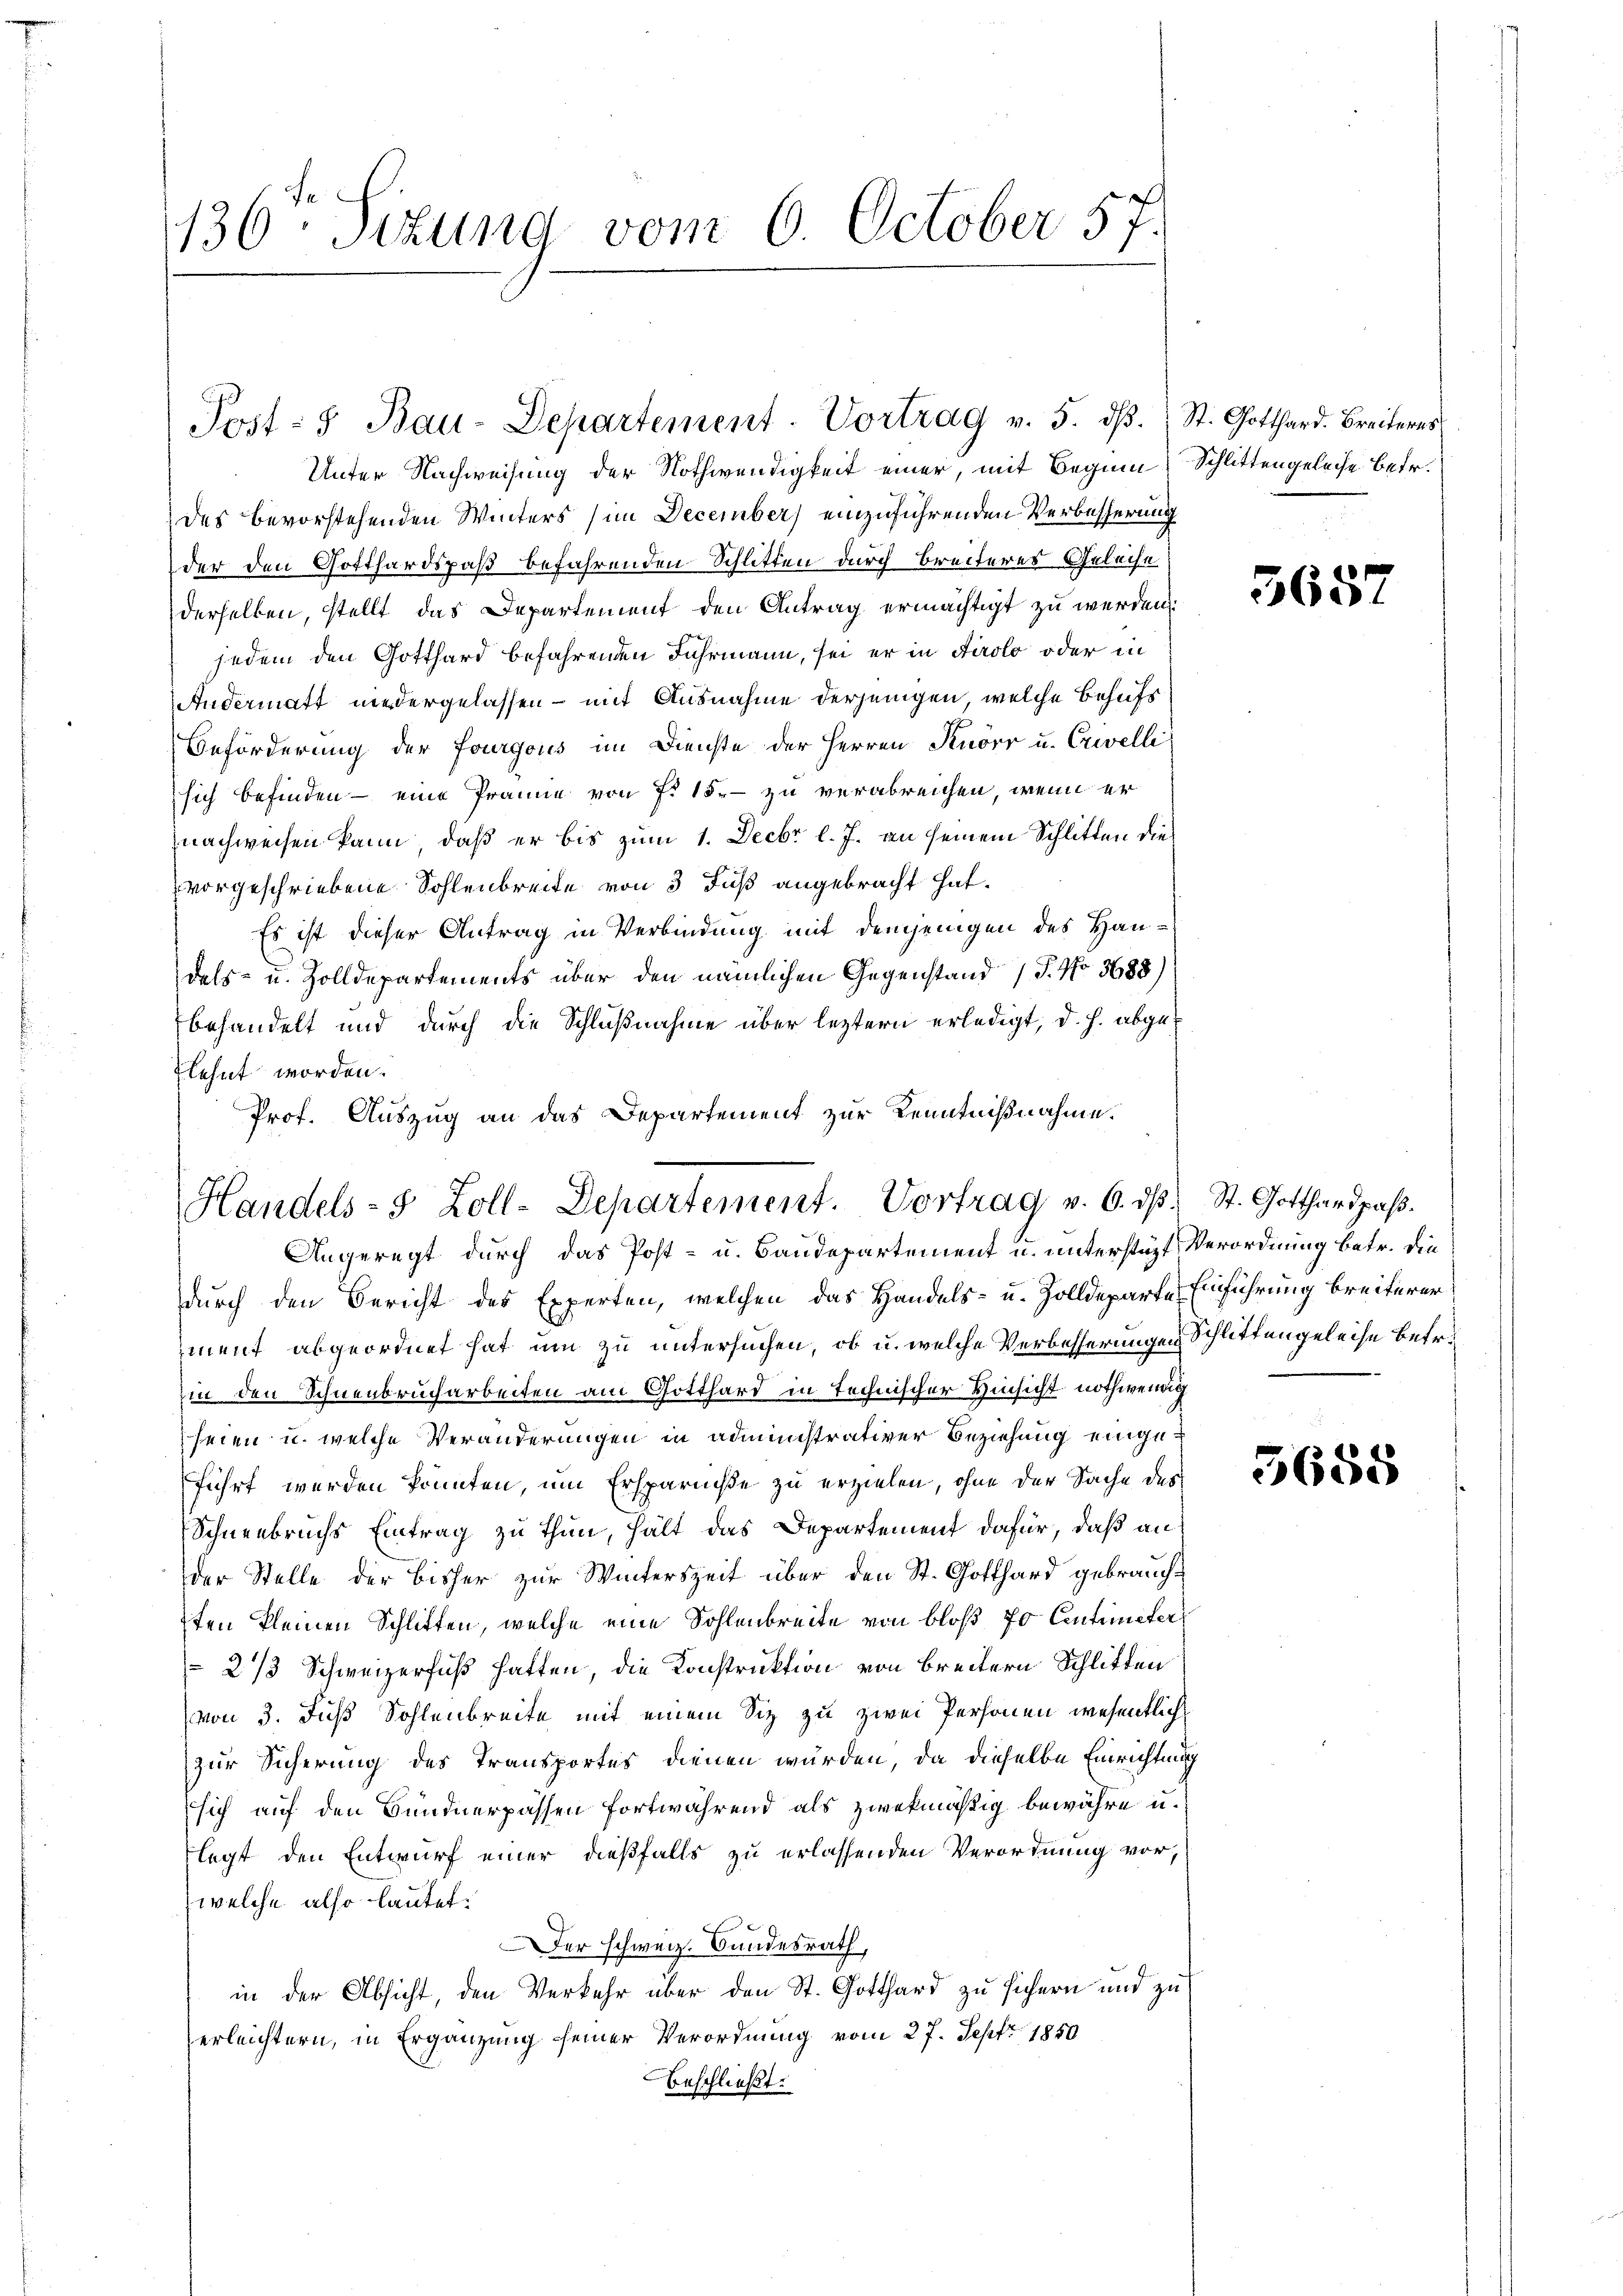
136: Sizung vom 6. October 57.

Post- & Bau-Departement. Vortrag v. 5. dβ. St. Gotthard. Breiteres

Unter Nachweisung der Nothwendigkeit einer, mit Beginn Schlittengeleise betr.
des bevorstehenden Winters (im December) einzuführenden Verbesserung
der den Gotthardspaß befahrenden Schlitten durch Breiteres Geleise
derselben, stellt das Departement den Antrag ermächtigt zu werden:
jedem den Gotthard befahrenden Jahrmann, sei er in Airolo oder in
Andermatt niedergelassen – mit Ausnahme derjenigen, welche Behufs
Beförderung der Fourgous im Dienste der Herren Knörr u. Erwelli
sich befinden – eine Prämie von Fr. 15. - zu verabreichen, wenn er
nachweisen kann, daß er bis zum 1. Decbr l. J. an seinem Schlitten dies
vorgeschriebene Sohlenbreite von 3 Fuß angebracht hat.
Es ist dieser Antrag in Verbindung mit demjenigen des Haudels- u. Zolldepartements über den nämlichen Gegenstand (T. No 5688)
behandelt und durch die Schlußnahme über leztern erledigt, d. h. abgeflehnt worden.
Prof. Auszug an das Departement zur Kenntnißnahme.

Handels- 5 Zoll-Departement. Vortrag v. 6. dβ. St. Gotthardpaβ.
Angeregt durch das Post- u. Baudepartement u. unterstüzt Verordnung betr. die

durch den Bericht des Experten, welchen das Handels- u. Zolldeparte Einführung breiterer
ment abgeordnet hat um zu untersuchen, ob u. welche Verbesserungen Schlittengeleise betr.
hin den Schnenbrucharbeiten am Gotthard in technischer Hinsicht nothwendig
seien u. welche Veränderungen in administrativer Beziehung eingeführt werden könnten, um Ersparniße zu erzielen, ohne der Sache des
Schneebruchs Eintrag zu thun, hält das Departement dafür, daß an
der Stelle der bisher zur Winterszeit über den St. Gotthard gebraucht
ten kleinen Schlitten, welche eine Sohlenbreite von bloß fo Centimeter
 2/3 Schweizerfuß hatten, die Konstruktion von Breitern Schlitten
(von 3. Fuß Sohlenbreite mit einem Siz zu zwei Personen wesentlich
zur Sicherung des Transportes dienen würden, da dieselbe Einrichtung
sich auf den Bündnerpassen fortwährend als zwekmäßig bewähre u.
flegt den Entwurf einer dießfalls zu erlassenden Verordnung vor,
welche also lautet:
Der schweiz. Bundesrath,
in der Absicht, den Verkehr über den St. Gotthard zu sichern und zu
erleichtern, in Ergänzung seiner Verordnung vom 27. Sept. 1850
beschließt:

3657

5655